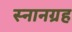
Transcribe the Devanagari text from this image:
स्नानग्रह